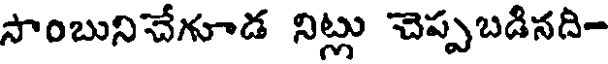
సాంబునిచేగూడ నిట్లు చెప్పబడినది-